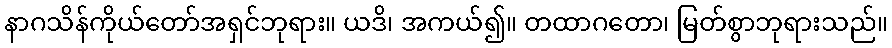
နာဂသိန်ကိုယ်တော်အရှင်ဘုရား။ ယဒိ၊ အကယ်၍။ တထာဂတော၊ မြတ်စွာဘုရားသည်။